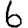
Digit: 6